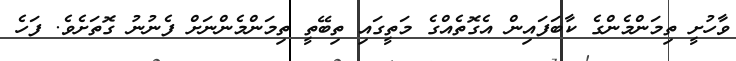
ވާހުށީ ތިމަންމެންގެ ކާބަފައިން އެގޮތެއްގެ މަތީގައި ތިބޭތީ ތިމަންމެންނަށް ފެނުނު ގޮތަށެވެ. ފަހެ